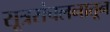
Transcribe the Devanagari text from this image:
सूत्रसंचलनातून